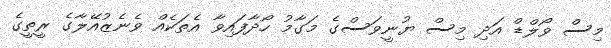
މިސް ވޯލްޑް އަދި މިސް ޔުނީވަސްގެ މަގާމު ހޯދާފައިވާ އެތަކެއް ވެނެޒުއޭލާގެ ރީތީގެ